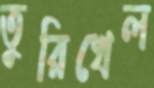
তুরিখেল